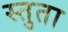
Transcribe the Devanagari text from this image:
स्तुता